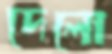
দেলো